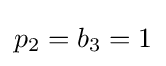
p_{2}=b_{3}=1